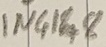
Text: IN4148